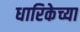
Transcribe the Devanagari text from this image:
धारिकेच्या